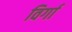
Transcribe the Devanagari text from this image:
विर्गा